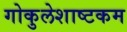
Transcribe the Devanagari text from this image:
गोकुलेशाष्टकम